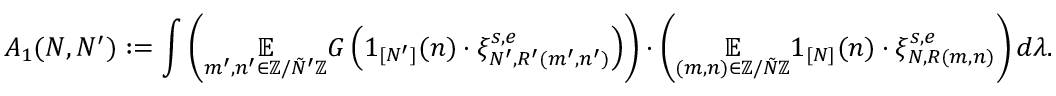
A _ { 1 } ( N , N ^ { \prime } ) : = \int \left( \underset { m ^ { \prime } , n ^ { \prime } \in \mathbb { Z } / \tilde { N } ^ { \prime } \mathbb { Z } } { \mathbb { E } } G \left( 1 _ { [ N ^ { \prime } ] } ( n ) \cdot \xi _ { N ^ { \prime } , R ^ { \prime } ( m ^ { \prime } , n ^ { \prime } ) } ^ { s , e } \right) \right) \cdot \left( \underset { ( m , n ) \in \mathbb { Z } / \tilde { N } \mathbb { Z } } { \mathbb { E } } 1 _ { [ N ] } ( n ) \cdot \xi _ { N , R ( m , n ) } ^ { s , e } \right) d \lambda .